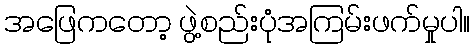
အဖြေကတော့ ဖွဲ့စည်းပုံအကြမ်းဖက်မှုပါ။